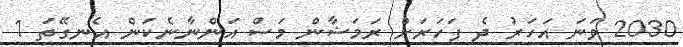
2030 ވަނަ އަހަރު ދެ ފަހަރަށް ރަމަޟާން މަސް އަންނާނެކަން އެނގޭތަ 1